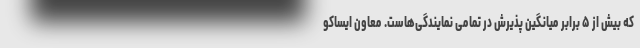
که بیش از ۵ برابر میانگین پذیرش در تمامی نمایندگی‌هاست. معاون ایساکو